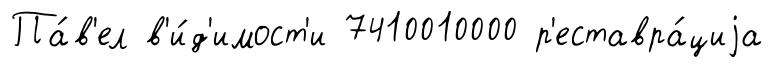
Па́в'ел в'и́д'имост'и 7410010000 р'еставра́циjа